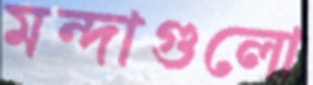
মন্দাগুলো